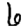
Digit: 6